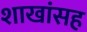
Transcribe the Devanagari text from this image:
शाखांसह